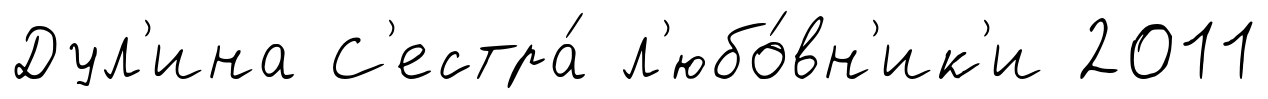
Дул'ина С'естра́ л'юбо́вн'ик'и 2011